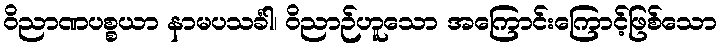
ဝိညာဏပစ္စယာ နာမပသင်္ခါ၊ ဝိညာဉ်ဟူသော အကြောင်းကြောင့်ဖြစ်သော